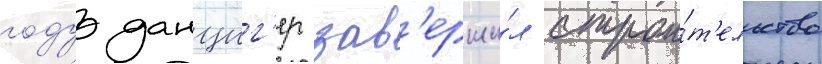
году данциг'ер зав'ерши́л строи́т'ельство